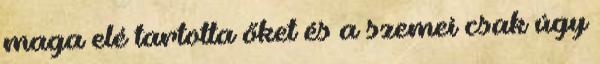
maga elé tartotta őket és a szemei csak úgy